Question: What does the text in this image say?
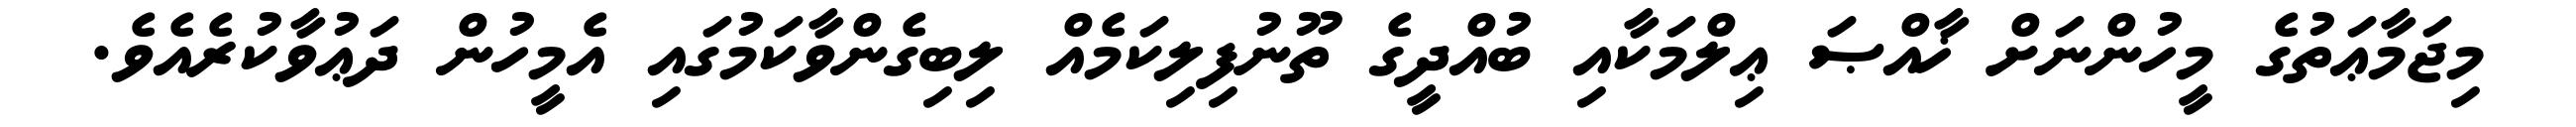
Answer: މިޖަމާޢަތުގެ މީހުންނަށް ޚާއްޞަ ޢިލްމަކާއި ބުއްދީގެ ތޫނުފިލިކަމެއް ލިބިގެންވާކަމުގައި އެމީހުން ދަޢުވާކުރެއެވެ.